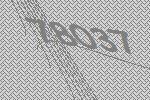
78037